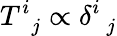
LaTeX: T_{\, \, \, j}^{i}\propto\delta_{\, \, \, j}^{i}